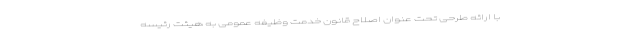
با ارائه طرحی تحت عنوان اصلاح قانون خدمت وظیفه عمومی به هیئت رئیسه